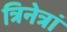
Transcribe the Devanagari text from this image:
त्रिनेत्रां